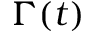
\Gamma ( t )